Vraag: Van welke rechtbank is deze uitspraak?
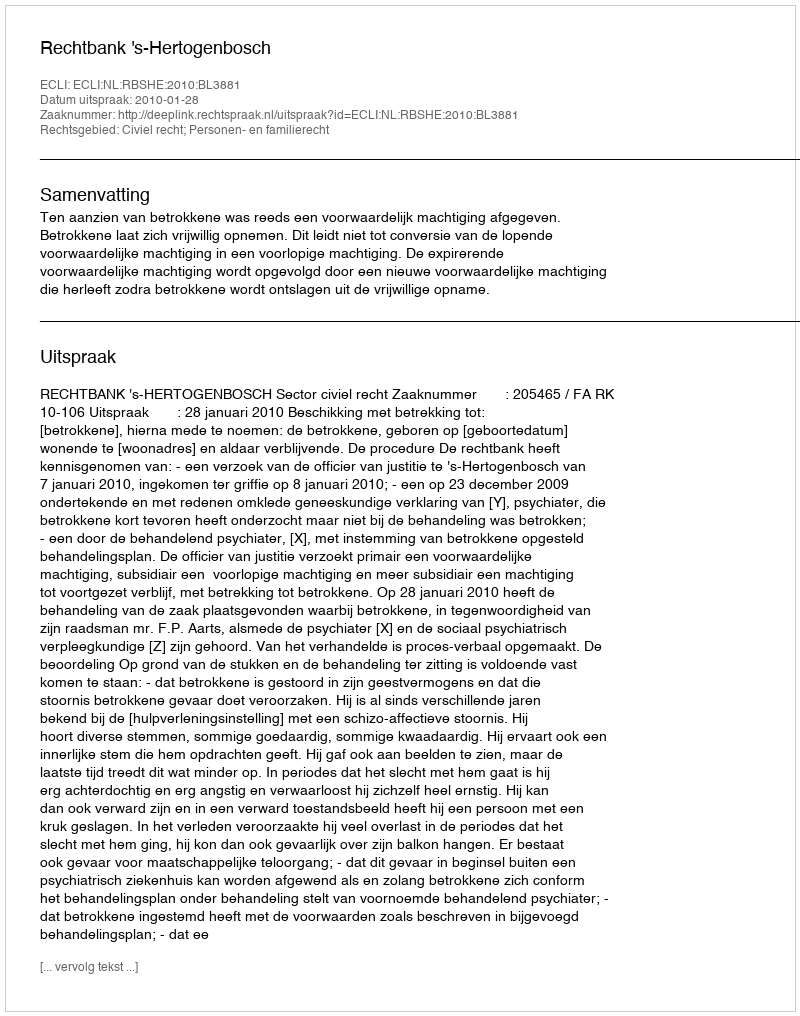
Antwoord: Rechtbank 's-Hertogenbosch